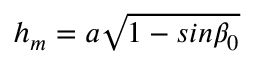
h _ { m } = a \sqrt { 1 - s i n \beta _ { 0 } }